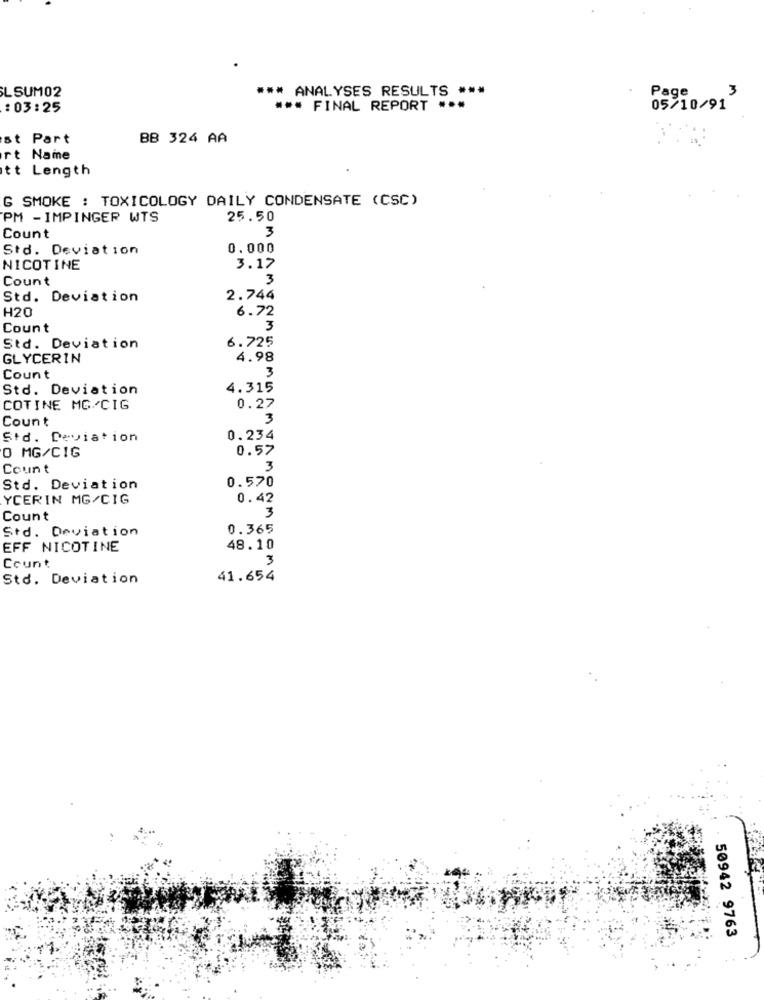
L SUM02
*** ANALYSES RESULTS ***
3
Page
: 03:25
*** FINAL REPORT ***
05/10/91
st Part
BB 324 AA
rt Name
tt Length
G SMOKE : TOXICOLOGY DAILY CONDENSATE (CSC)
PM - IMPINGER WTS
25.50
3
Count
Std. Deviation
0.000
NICOTINE
3.17
Count
3
Std. Deviation
2.744
H20
6.72
Count
3
6.725
Std. Deviation
GLYCERIN
4.98
3
Count
Std. Deviation
4.315
COTINE MG/CIG
0.27
Count
3
Std. Deviation
0.234
0.57
0 MG/CIG
Count
3
0.570
Std. Deviation
YCERIN MG/CIG
0.42
Count
3
Std. Deviation
0.365
EFF NICOTINE
48.10
Count
3
Std. Deviation
41.654
50942 9763